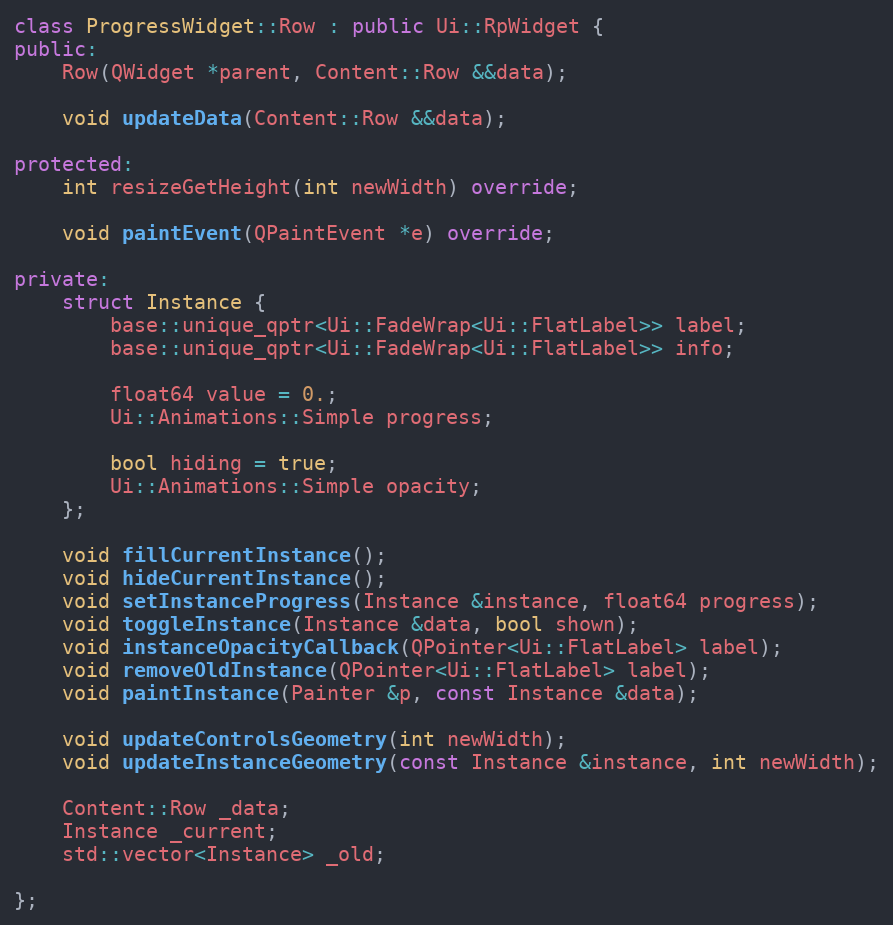
Language: C++
class ProgressWidget::Row : public Ui::RpWidget {
public:
	Row(QWidget *parent, Content::Row &&data);

	void updateData(Content::Row &&data);

protected:
	int resizeGetHeight(int newWidth) override;

	void paintEvent(QPaintEvent *e) override;

private:
	struct Instance {
		base::unique_qptr<Ui::FadeWrap<Ui::FlatLabel>> label;
		base::unique_qptr<Ui::FadeWrap<Ui::FlatLabel>> info;

		float64 value = 0.;
		Ui::Animations::Simple progress;

		bool hiding = true;
		Ui::Animations::Simple opacity;
	};

	void fillCurrentInstance();
	void hideCurrentInstance();
	void setInstanceProgress(Instance &instance, float64 progress);
	void toggleInstance(Instance &data, bool shown);
	void instanceOpacityCallback(QPointer<Ui::FlatLabel> label);
	void removeOldInstance(QPointer<Ui::FlatLabel> label);
	void paintInstance(Painter &p, const Instance &data);

	void updateControlsGeometry(int newWidth);
	void updateInstanceGeometry(const Instance &instance, int newWidth);

	Content::Row _data;
	Instance _current;
	std::vector<Instance> _old;

};